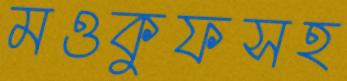
মওকুফসহ